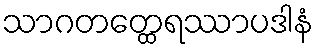
သာဂတတ္ထေရဿာပဒါနံ